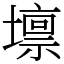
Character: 𡒄